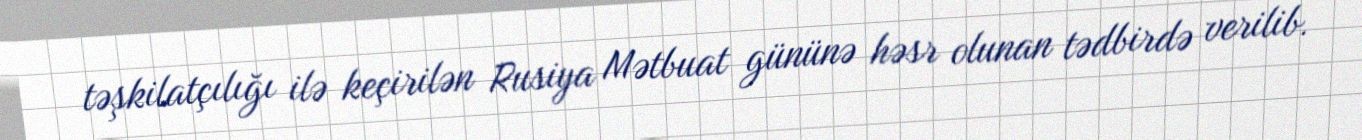
təşkilatçılığı ilə keçirilən Rusiya Mətbuat gününə həsr olunan tədbirdə verilib.